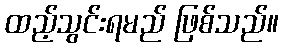
ထည့်သွင်းရမည် ဖြစ်သည်။